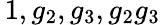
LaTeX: \, 1,g_{2},g_{3},g_{2}g_{3}